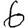
Digit: 6